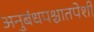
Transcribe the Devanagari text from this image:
अनुबंधपश्चातपेशी